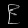
Digit: ၉